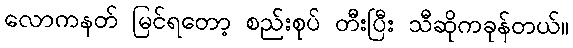
လောကနတ် မြင်ရတော့ စည်းစုပ် တီးပြီး သီဆိုကခုန်တယ်။